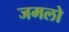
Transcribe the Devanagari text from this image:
जमलो